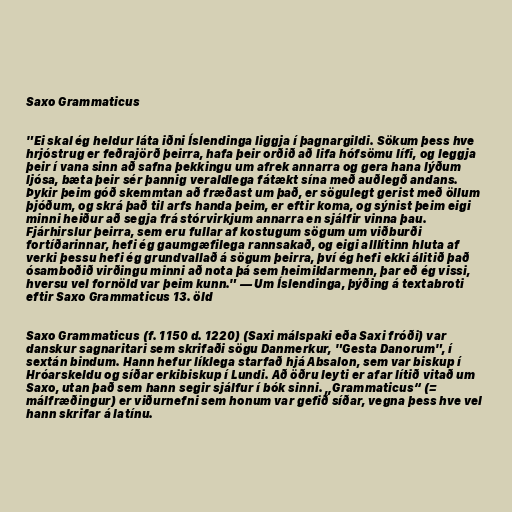
Saxo Grammaticus

"Ei skal ég heldur láta iðni Íslendinga liggja í þagnargildi. Sökum þess hve
hrjóstrug er feðrajörð þeirra, hafa þeir orðið að lifa hófsömu lífi, og leggja
þeir í vana sinn að safna þekkingu um afrek annarra og gera hana lýðum
ljósa, bæta þeir sér þannig veraldlega fátækt sína með auðlegð andans.
Þykir þeim góð skemmtan að fræðast um það, er sögulegt gerist með öllum
þjóðum, og skrá það til arfs handa þeim, er eftir koma, og sýnist þeim eigi
minni heiður að segja frá stórvirkjum annarra en sjálfir vinna þau.
Fjárhirslur þeirra, sem eru fullar af kostugum sögum um viðburði
fortíðarinnar, hefi ég gaumgæfilega rannsakað, og eigi alllítinn hluta af
verki þessu hefi ég grundvallað á sögum þeirra, því ég hefi ekki álitið það
ósamboðið virðingu minni að nota þá sem heimildarmenn, þar eð ég vissi,
hversu vel fornöld var þeim kunn." — Um Íslendinga, þýðing á textabroti
eftir Saxo Grammaticus 13. öld

Saxo Grammaticus (f. 1150 d. 1220) (Saxi málspaki eða Saxi fróði) var
danskur sagnaritari sem skrifaði sögu Danmerkur, "Gesta Danorum", í
sextán bindum. Hann hefur líklega starfað hjá Absalon, sem var biskup í
Hróarskeldu og síðar erkibiskup í Lundi. Að öðru leyti er afar lítið vitað um
Saxo, utan það sem hann segir sjálfur í bók sinni. „Grammaticus“ (=
málfræðingur) er viðurnefni sem honum var gefið síðar, vegna þess hve vel
hann skrifar á latínu.